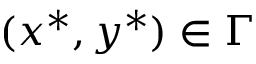
( x ^ { * } , y ^ { * } ) \in \Gamma